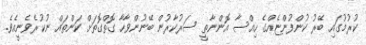
ކުރުމުގައި ބޭރު ކުންފުންޏެއްގެ ހިއްސާ އޮންނާތީ ސަރުކާރުން ބޭނުންވާހާ ގޮތްގޮތަށް ކަންތައް ނުކުރެވެނީއެވެ.